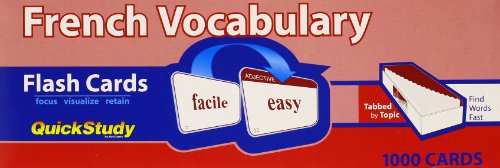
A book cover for French Vocabulary Upc #654614021175; Inc. BarCharts; Travel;